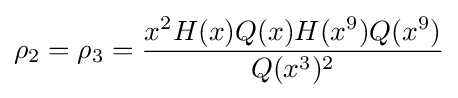
\rho _{2}=\rho _{3}={\frac {x^{2}H(x)Q(x)H(x^{9})Q(x^{9})}{Q(x^{3})^{2}}}